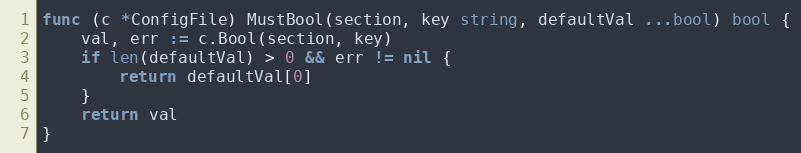
Language: Go
func (c *ConfigFile) MustBool(section, key string, defaultVal ...bool) bool {
	val, err := c.Bool(section, key)
	if len(defaultVal) > 0 && err != nil {
		return defaultVal[0]
	}
	return val
}